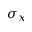
\sigma _ { x }